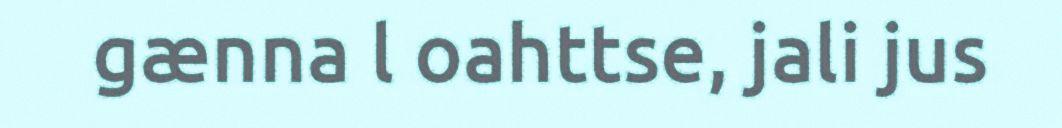
gænna l oahttse, jali jus